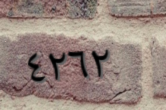
٤٢٦٢